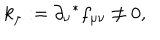
LaTeX: k _ { \mu } : = \partial _ { \nu } { } ^ { * } f _ { \mu \nu } \not = 0 ,